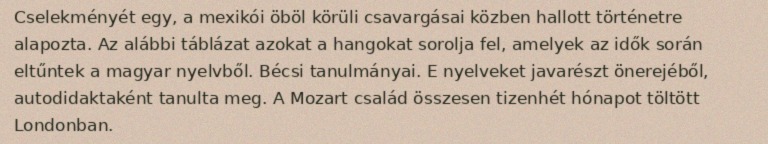
Cselekményét egy, a mexikói öböl körüli csavargásai közben hallott történetre alapozta. Az alábbi táblázat azokat a hangokat sorolja fel, amelyek az idők során eltűntek a magyar nyelvből. Bécsi tanulmányai. E nyelveket javarészt önerejéből, autodidaktaként tanulta meg. A Mozart család összesen tizenhét hónapot töltött Londonban.